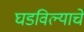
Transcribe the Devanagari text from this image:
घडविल्याचे